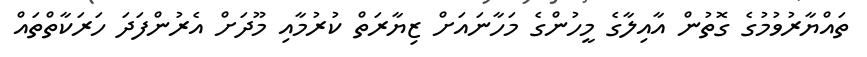
ތައްޔާރުވުމުގެ ގޮތުން އާއިލާގެ މީހުންގެ މަހާނައަށް ޒިޔާރަތް ކުރުމާއި މޫދަށް އެރުންފަދަ ހަރަކާތްތައް